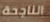
الناجحة